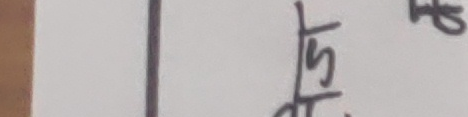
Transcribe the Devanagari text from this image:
ठार